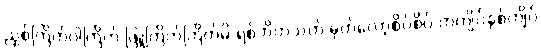
ညှစ်ကြိတ်ဝါကြိတ် ဖြူကြိတ်ကြိတ်မိ ရစ်ဘိတသတ် မှတ်လော့စိပ်စိပ် တကျိပ်နှစ်ကျိပ်